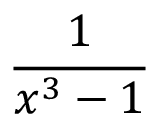
\frac { 1 } { x ^ { 3 } - 1 }